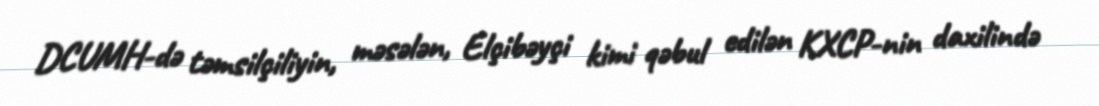
DCUMH-də təmsilçiliyin, məsələn, Elçibəyçi kimi qəbul edilən KXCP-nin daxilində